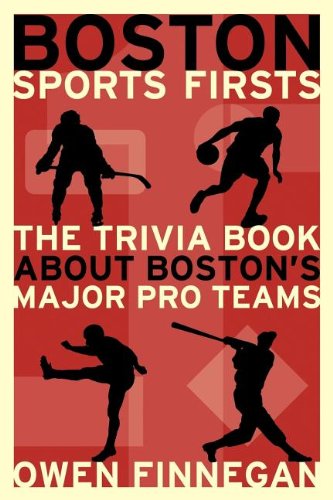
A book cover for Boston Sports Firsts; Owen Finnegan; Sports & Outdoors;